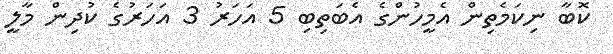
ކޮބާ ނިކަމެތިން އެމީހުންގެ އެބަތިބި 5 އަހަރު 3 އަހަރުގެ ކުދިން މާލީ